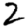
Digit: 2